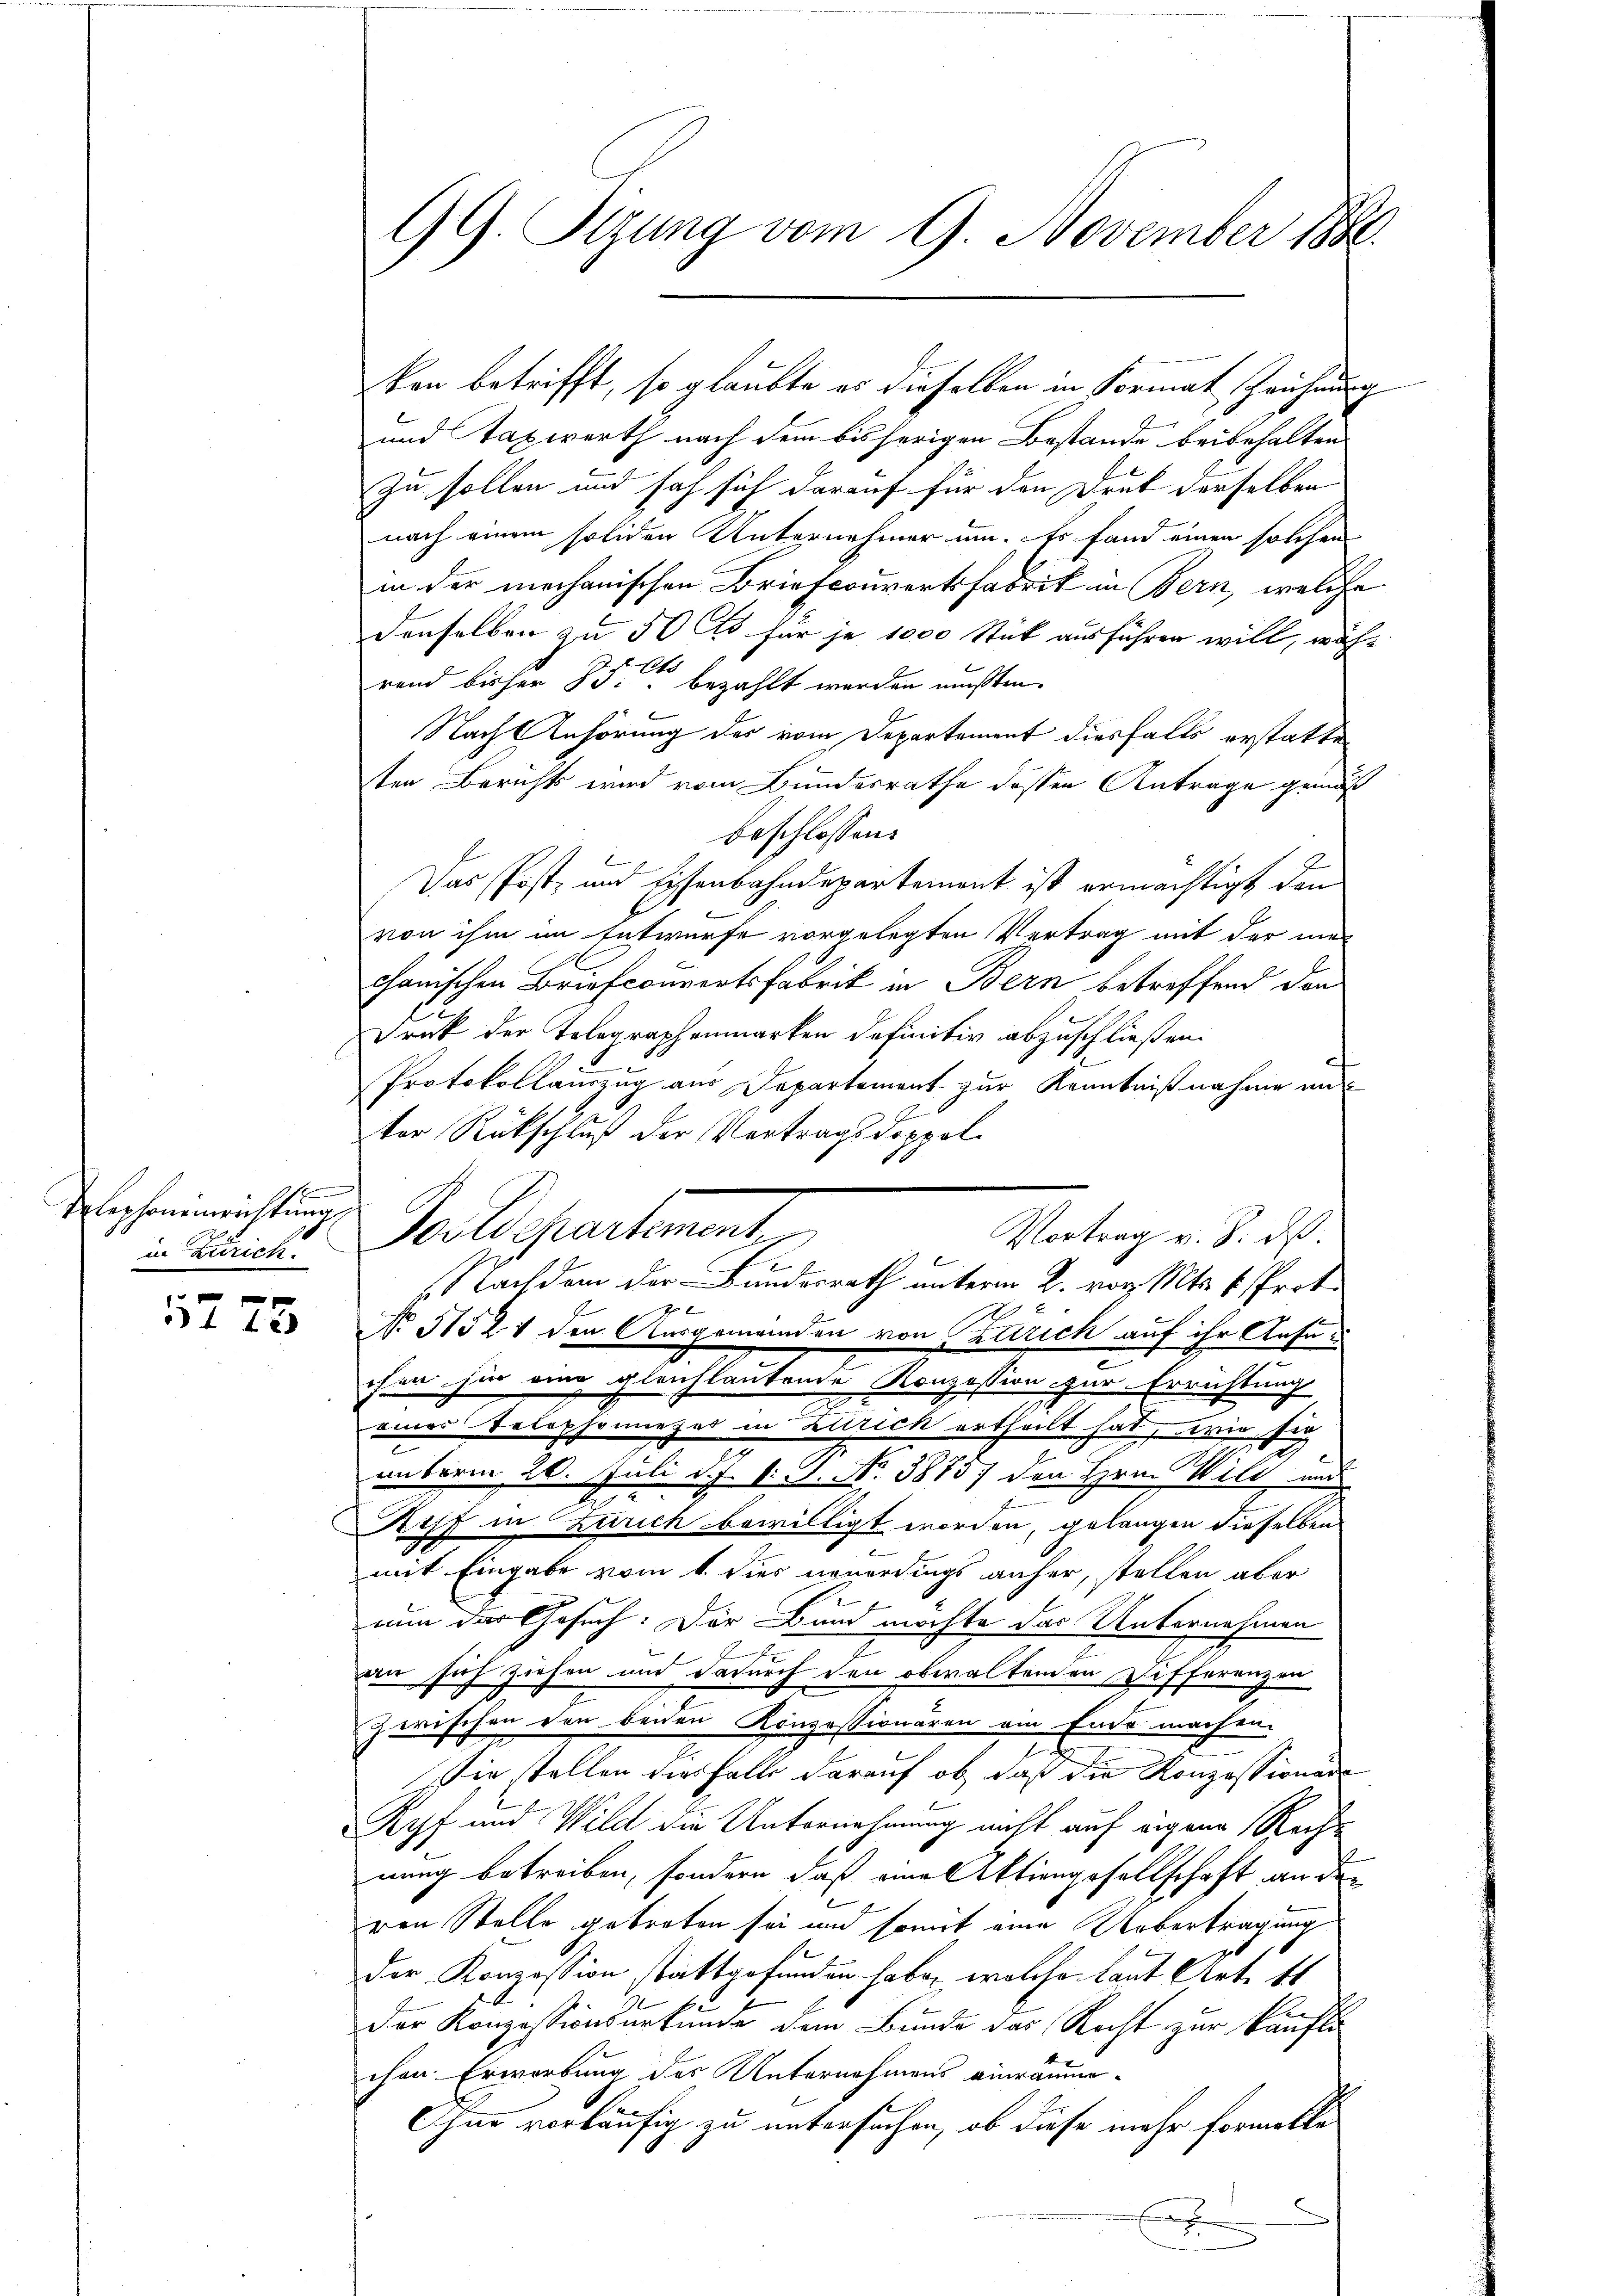
Telephoneinrichtung
in Zürich.

1775

GG. Sitzung vom 9. November 1880.

und Taxwerth nach dem bisherigen Bestande beibehalten
zu sollen und sah sich darauf für den Druk derselben
nach einem soliden Unternehmer um. Es fand einen solchen
in der mechanischen Briefcouvertsfabrik in Bern, welche
denselben zu 50 lb für je 1000 Stück ausführen will, währ
rend bisher B. bezahlt werden müßten.
Nach Anhörung des vom Departement diesfalls erstatteten Berichts wird vom Bundesrathe dessen Antrage genuß
beschlossen:
Das Post- und Eisenbahndepartement ist ermächtigt den
von ihm im Entwurfe vorgelegten Vertrag mit der mechanischen Briefcouvertsfabrik in Bern betreffend den
.
Druk der Telegraphenmarken definitiv abzuschließen.
Protokollauszug aus Departement zur Kenntnißnahme un
2ter Rückschluß der Vertragsdoppel¬
Goldegartement,
 f
No 51521 den Ausgemeinden von Zürich auf ihr Ansuchen hin eing gleichlautende Konzession zur Errichtung
einer Telephoniezes in Zürich ertheilt hat, wie sie
emberm 20. Juli d. J. v. J. No. 38737 den Hrn. Wild und
Aiff in Zürich bewilligt worden, gelangen dieselben
mit Eingabe vom 1. dies neuerdings anher, stellen aber
nun des Gesuch. Der Bund möchte das Unternehmen
an sich ziehen und dadurch den obwaltenden Differenzen
zwischen den beiden Konzessionaren am Ende machen.
ie stellen die Falle darauf ob, daß die Konzessionäre
Ryf und Wild die Unternehmung nicht auf eigene Rechte
nung betreiben, sondern, daß eine Aktiengesellschaft an der
von Stelle getreten sei und somit eine Uebertragung
gt
der Konzession stattgefunden habe, welche laut Art. 41
Der Konzessionsurkunde dem Bunde das Recht zur käufli
chen Erwerbung des Unternehmens einräume
Chur vorläufig zu untersuchen, ob diese mehr formelle
x

ken betrifft, so glaubte er dieselben in Format Zeichnung

Vortrag v. 8. ds.
 Nachdem der Bundesrath unterm 2. vor. Mts. v. Prot.